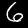
Label: 6